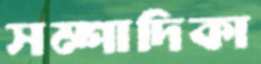
সম্পাদিকা